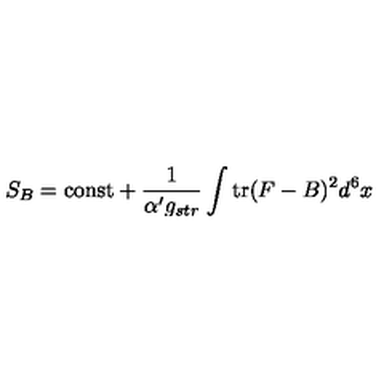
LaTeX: S _ { B } = \mathrm { c o n s t } + { \frac { 1 } { \alpha ^ { \prime } g _ { s t r } } } \int \mathrm { t r } ( F - B ) ^ { 2 } d ^ { 6 } x